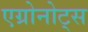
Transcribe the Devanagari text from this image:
एग्रोनोट्स